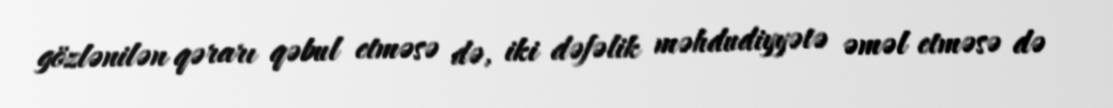
gözlənilən qərarı qəbul etməsə də, iki dəfəlik məhdudiyyətə əməl etməsə də